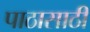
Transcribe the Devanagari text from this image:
पाठासाठी